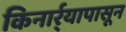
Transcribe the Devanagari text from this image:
किनार्र्यापासून